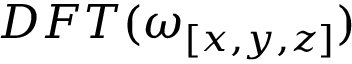
D F T ( \omega _ { [ x , y , z ] } )